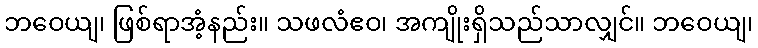
ဘဝေယျ၊ ဖြစ်ရာအံ့နည်း။ သဖလံဧဝ၊ အကျိုးရှိသည်သာလျှင်။ ဘဝေယျ၊